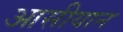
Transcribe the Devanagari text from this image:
आसीयान